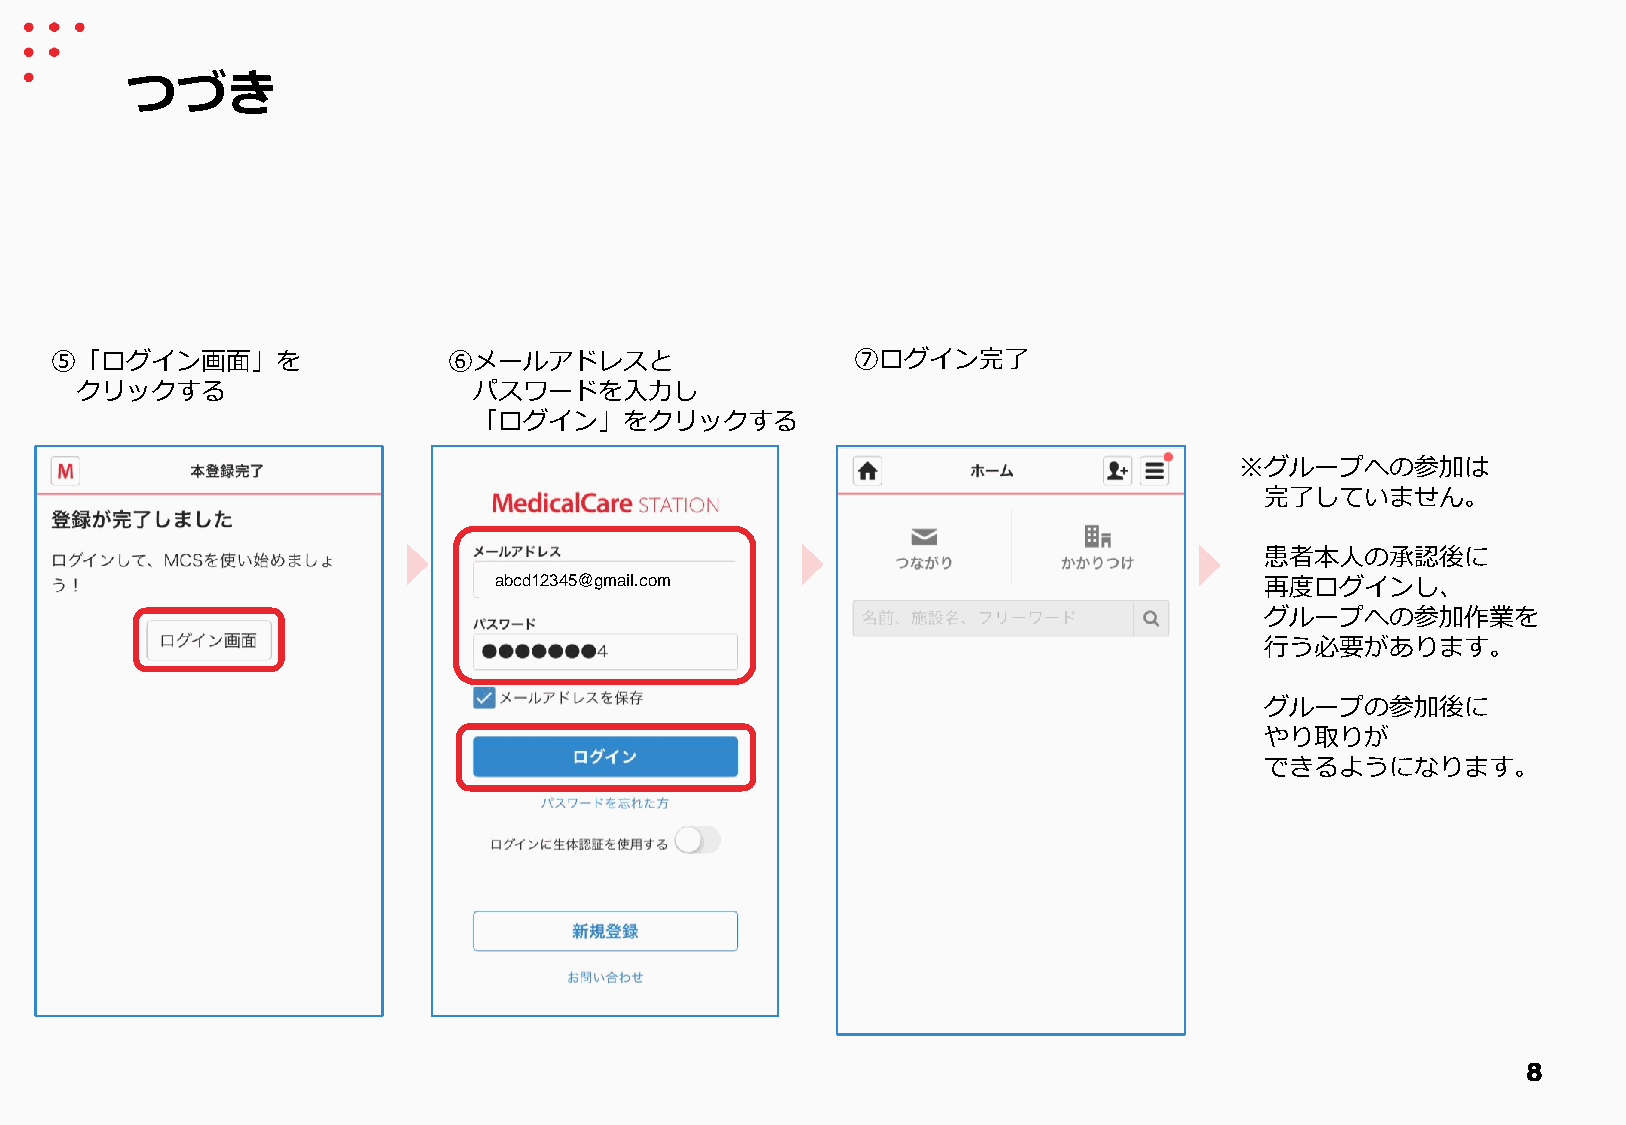
つづき
 ⑤「ログイン画面」を                 ⑥メールアドレスと                  ⑦ログイン完了
 クリックする                    パスワードを入力し
 「ログイン」をクリックする
 ※グループへの参加は
 完了していません。
 患者本人の承認後に
 abcd12345@gmail.com                                再度ログインし、
 グループへの参加作業を
 行う必要があります。
 グループの参加後に
 やり取りが
 できるようになります。
 8